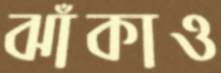
ঝাঁকাও